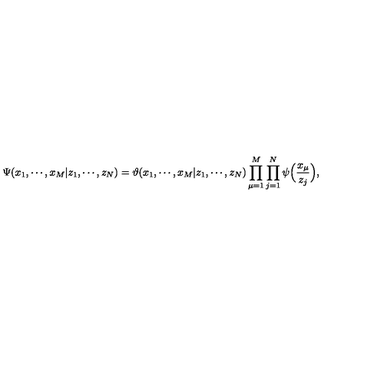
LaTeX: \Psi ( x _ { 1 } , \cdots , x _ { M } | z _ { 1 } , \cdots , z _ { N } ) = \vartheta ( x _ { 1 } , \cdots , x _ { M } | z _ { 1 } , \cdots , z _ { N } ) \prod _ { \mu = 1 } ^ { M } \prod _ { j = 1 } ^ { N } \psi \Bigl ( \frac { x _ { \mu } } { z _ { j } } \Bigr ) ,